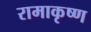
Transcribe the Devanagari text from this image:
रामाकृष्ण